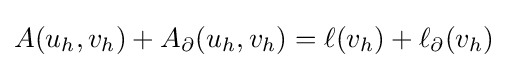
A(u_{h},v_{h})+A_{\partial }(u_{h},v_{h})=\ell (v_{h})+\ell _{\partial }(v_{h})